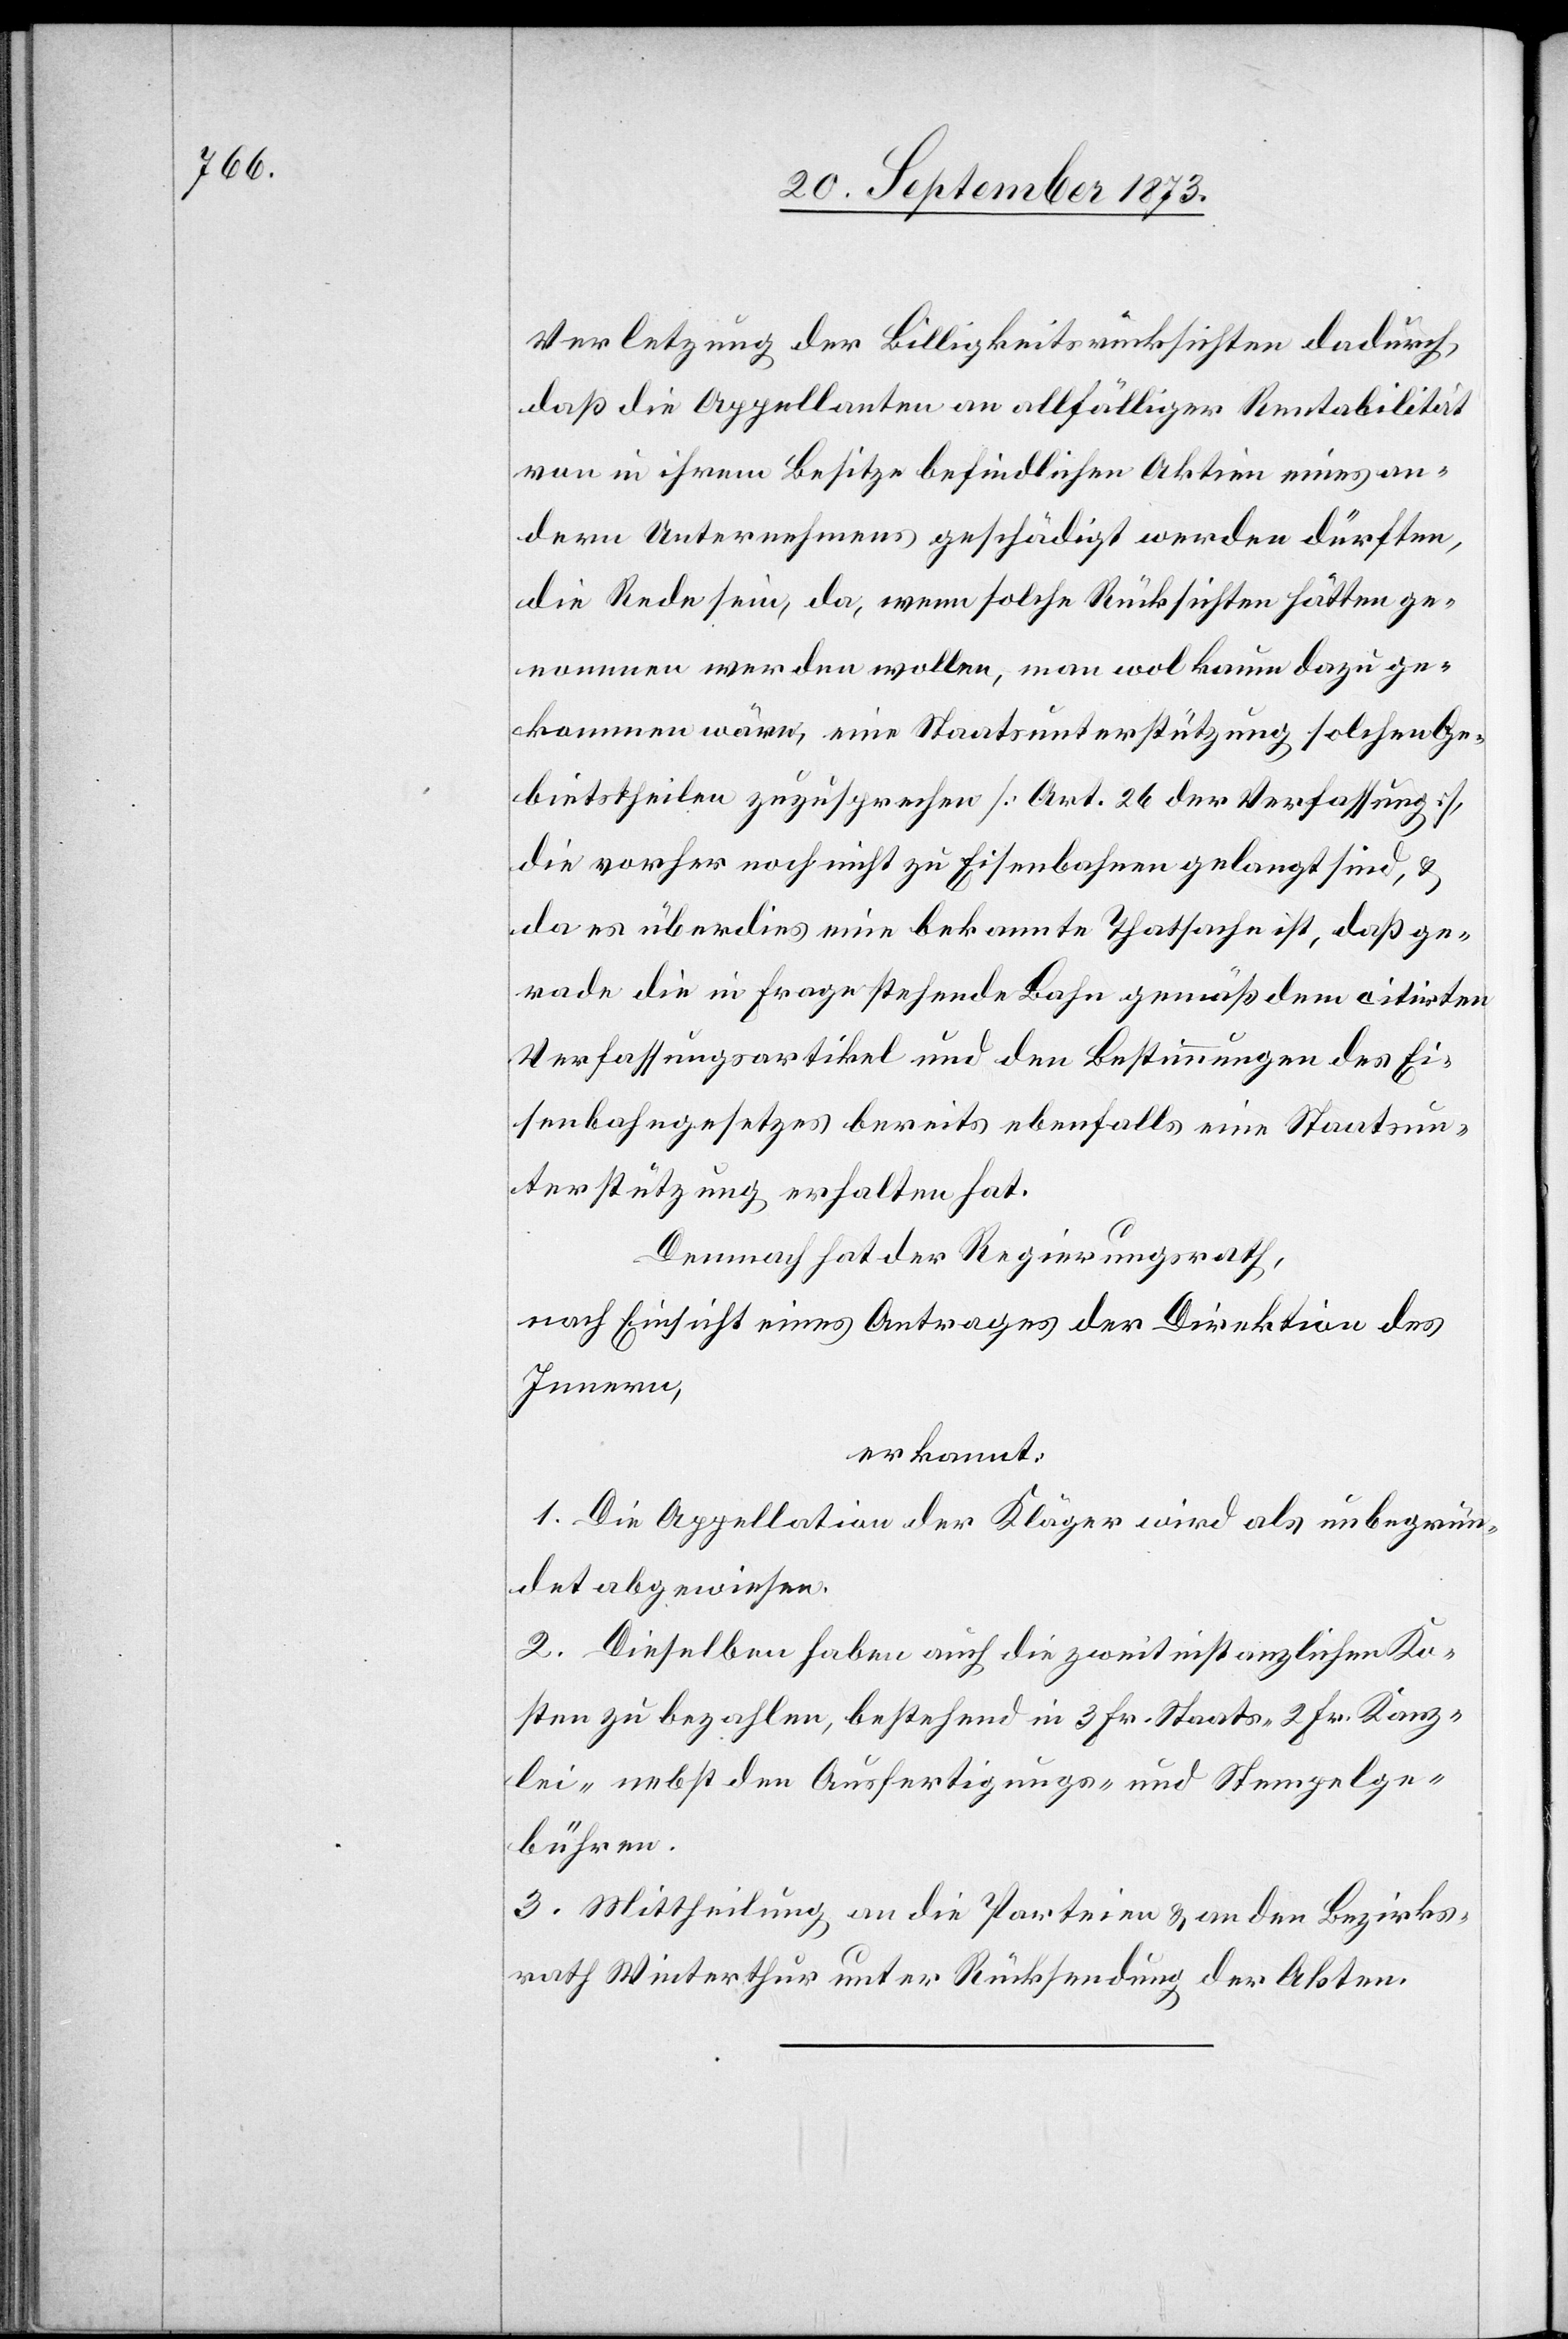
Verletzung der Billigkeitsrücksichten dadurch
daß die Appellanten an allfälliger Rentabilität
von in ihrem Besitze befindlichen Aktien eines an¬
dern Unternehmens geschädigt werden dürften,
die Rede sein, da, wenn solche Rücksichten hätten ge¬
nommen werden wollen, man wol kaum dazu ge¬
kommen wäre, eine Staatsunterstützung solchen Ge¬
bietstheilen zuzusprechen [Art. 26 der Verfassung],
die vorher noch nicht zu Eisenbahnen gelangt sind, &
da es überdies eine bekannte Thatsache ist, daß ge¬
rade die in Frage stehende Bahn gemäß dem citirten
Verfassungsartikel und den Bestimmungen des Ei¬
senbahngesetzes bereits ebenfalls eine Staatsun¬
terstützung erhalten hat.
Demnach hat der Regierungsrath,
nach Einsicht eines Antrages der Direktion des
Innern,
erkannt:
1. Die Appellation der Kläger wird als unbegrün¬
det abgewiesen.
2. Dieselben haben auch die zweitinstanzlichen Ko¬
sten zu bezahlen, bestehend in 3 Fr. Staats- 2 Fr. Kanz¬
lei- nebst den Ausfertigungs- und Stempelge¬
bühren.
3. Mittheilung an die Parteien & an den Bezirks¬
rath Winterthur unter Rücksendung der Akten.